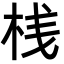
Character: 桟